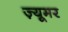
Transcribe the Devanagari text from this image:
ज़्यूमर